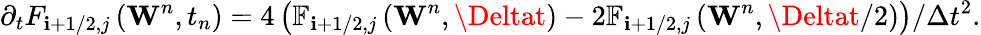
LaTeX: {{\partial}_{t}}{{F}_{\mathbf{i}+1/2,j}}\left({{\mathbf{{W}}}^{n}},{{t}_{n}}\right)=4\left({{\mathbb{{F}}}_{\mathbf{i}+1/2,j}}\left({{\mathbf{{W}}}^{n}},\Deltat\right)-2{{\mathbb{{F}}}_{\mathbf{i}+1/2,j}}\left({{\mathbf{{W}}}^{n}},\Deltat/2\right)\right)/\Delta{{t}^{2}}.